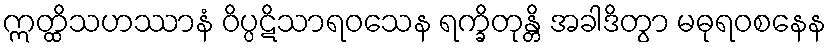
ဣတ္ထိသဟဿာနံ ဝိပ္ပဋိသာရဝသေန ရက္ခိတုန္တိ အခါဒိတွာ မဓုရဝစနေန